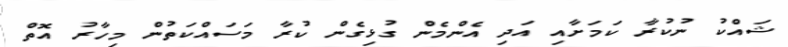
ޝައްކު ނުކުރާ ކަމަށާއި އަދި އެންމެން ގުޅިގެން ކުރާ މަސައްކަތުން މިހާރު އޮތް